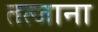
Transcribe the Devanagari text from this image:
तत्जाना